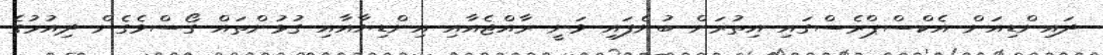
ދައިންޑިއަން އެކްސްޕްރެސްގައި އިތުރަށް ބުނެފައި ވަނީ ރާއްޖެއާއި އިންޑިޔާއާއި ގުޅުންތައް ގޯސްވެގެން ދިއުމުގެ